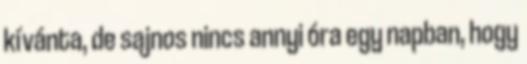
kívánta, de sajnos nincs annyi óra egy napban, hogy